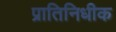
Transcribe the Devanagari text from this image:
प्रातिनिधीक